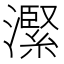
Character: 𪷬